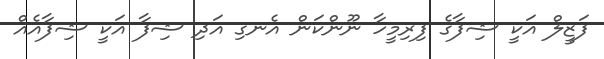
ފަޒީލް އަކީ ޝިފާގެ ފިރިމީހާ ނޫންކަން އެނގި އަދި ޝިފާ އަކީ ޝިފާއެއް